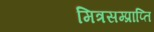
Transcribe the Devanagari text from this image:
मित्रसम्प्राप्ति